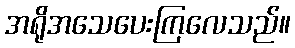
အရိုအသေပေးကြလေသည်။